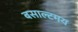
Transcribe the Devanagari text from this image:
बसाल्टमय